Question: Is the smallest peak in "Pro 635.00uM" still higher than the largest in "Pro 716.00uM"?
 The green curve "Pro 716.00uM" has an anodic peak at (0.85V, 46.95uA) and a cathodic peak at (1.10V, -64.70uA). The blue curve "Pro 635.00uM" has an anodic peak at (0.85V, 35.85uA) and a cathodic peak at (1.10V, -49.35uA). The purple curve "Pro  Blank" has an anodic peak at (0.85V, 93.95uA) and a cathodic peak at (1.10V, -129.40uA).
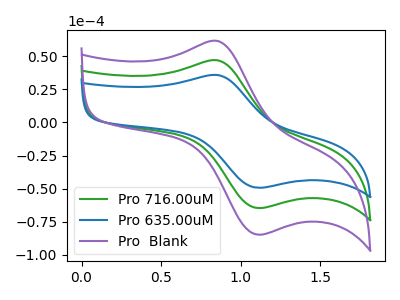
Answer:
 <answer>Every peak in "Pro 635.00uM" is lower than every peak in "Pro 716.00uM".</answer>
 <eval>lower</eval>